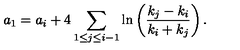
a _ { 1 } = a _ { i } + 4 \sum _ { 1 \leq j \leq i - 1 } \ln \left( \frac { k _ { j } - k _ { i } } { k _ { i } + k _ { j } } \right) .